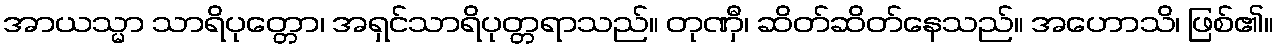
အာယသ္မာ သာရိပုတ္တော၊ အရှင်သာရိပုတ္တရာသည်။ တုဏှီ၊ ဆိတ်ဆိတ်နေသည်။ အဟောသိ၊ ဖြစ်၏။